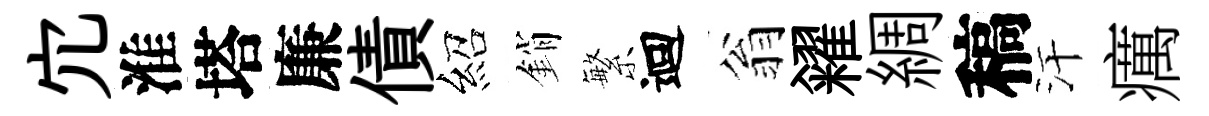
宂淮塔廉債紹銷繁迴翁糴綢稿汗癘